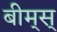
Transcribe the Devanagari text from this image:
बीम्‌स्‌